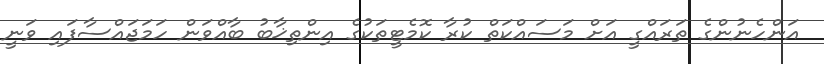
އަންހެނުންގެ ތަރައްގީ އަށް މަސައްކަތް ކުރާ ކޮމެޓީތަކުގެ އިންތިޚާބު ބާއްވަން ހަމަޖައްސާފައި ވަނީ